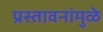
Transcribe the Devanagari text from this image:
प्रस्तावनांमुळे